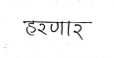
मजकूर: हरणार